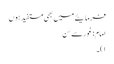
فرمایئے میں بھی مستفید ہوں
امام: غورسے سُن
۱)۔